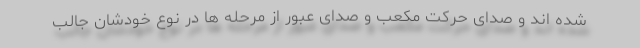
شده اند و صدای حرکت مکعب و صدای عبور از مرحله ها در نوع خودشان جالب